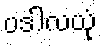
ပဒါလယုံ